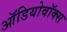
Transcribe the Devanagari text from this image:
ऑडियोवॉक्स